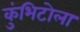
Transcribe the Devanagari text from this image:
कुंभिटोला